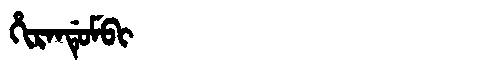
Manchu: ᡥᡳᡵᠠᠨᡩᡠᠮᠪᡳ
Romanization: HIRANDUMBI